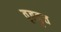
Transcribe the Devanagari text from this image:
वृहद्वृत्त